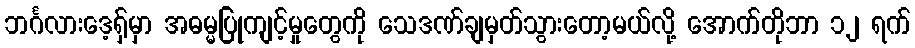
ဘင်္ဂလားဒေ့ရှ်မှာ အဓမ္မပြုကျင့်မှုတွေကို သေဒဏ်ချမှတ်သွားတော့မယ်လို့ အောက်တိုဘာ ၁၂ ရက်